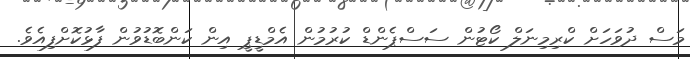
މަސް ދުވަހަށް ކްރިމިނަލް ކޯޓުން ސަސްޕެންޑް ކުރުމުން އެމްޑީޕީ އިން ކަންބޮޑުވުން ފާޅުކޮށްފިއެވެ.